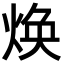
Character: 焕